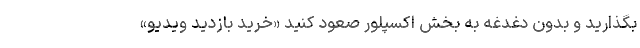
بگذارید و بدون دغدغه به بخش اکسپلور صعود کنید «خرید بازدید ویدیو»